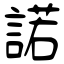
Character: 諾